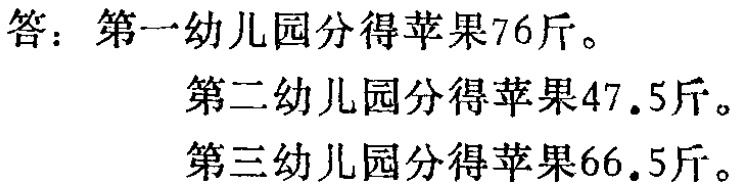
答：第一幼儿园分得苹果76斤。
第二幼儿园分得苹果47.5斤。
第三幼儿园分得苹果66.5斤。